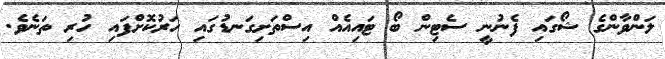
ލަންވާންގެ ޝޯގައި ފެނުނީ ސެޓިން ބޯ ޓައިއެއް އިސްތަށިގަނޑުގައި ހަރުކޮށްފައި ހުރި ތަނެވެ.